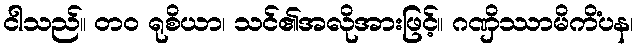
ငါသည်။ တဝ ရုစိယာ၊ သင်၏အလိုအားဖြင့်။ ဂဏှိဿာမိကိံပန၊